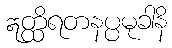
ဣတ္ထိရတနပ္ပမုခါနိ